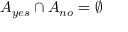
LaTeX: A _ { y e s } \cap A _ { n o } = \emptyset